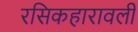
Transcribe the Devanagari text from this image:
रसिकहारावली